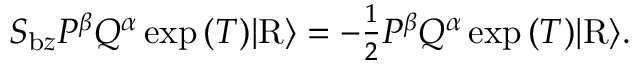
\begin{array} { r } { S _ { \mathrm { b } z } P ^ { \beta } Q ^ { \alpha } \exp { ( T ) } \vert \mathrm { R } \rangle = - \frac { 1 } { 2 } P ^ { \beta } Q ^ { \alpha } \exp { ( T ) } \vert \mathrm { R } \rangle . } \end{array}